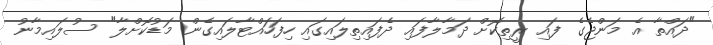
"ދައްތާ އެ މަންޖެގެ ފައި ރީތިކޮށް ދަމާލާފައި ދެފައިތިލައިގައި ހިފަހައްޓާލައިގެން މަޑުކޮށްލާ" ސުލައިމާނު